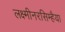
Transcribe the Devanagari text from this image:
लक्ष्मीनरसिम्हैया